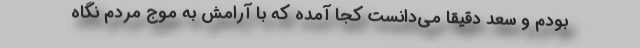
بودم و سعد دقیقاً می‌دانست کجا آمده که با آرامش به موج مردم نگاه